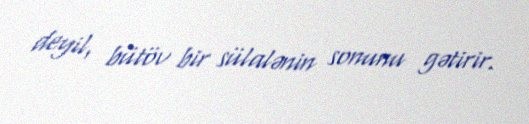
deyil, bütöv bir sülalənin sonunu gətirir.